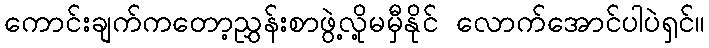
ကောင်းချက်ကတော့ညွှန်းစာဖွဲ့လို့မမှီနိုင် လောက်အောင်ပါပဲရှင်။